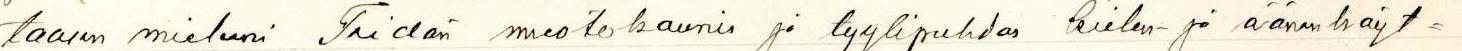
taasen mieleeni Teidän muotokaunis ja tyylipuhdas kielen- ja äänenkäyt=